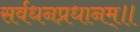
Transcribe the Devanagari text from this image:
सर्वधनप्रधानम्॥